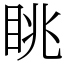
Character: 眺